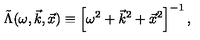
\tilde { \Lambda } ( \omega , \vec { k } , \vec { x } ) \equiv \left[ \omega ^ { 2 } + \vec { k } ^ { 2 } + \vec { x } ^ { 2 } \right] ^ { - 1 } ,